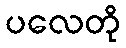
ပလေတို